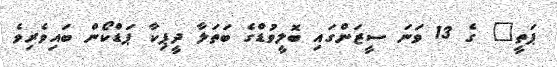
ޕަތީ" ގެ 13 ވަނަ ސީޒަންގައި ބޮލީވުޑްގެ ބަތަލާ ދީޕިކާ ޕަޑްކޯން ބައިވެރިވެ